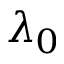
\lambda _ { 0 }